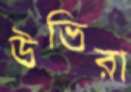
উভিরা